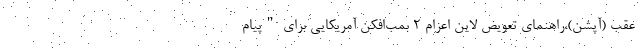
عقب (آپشن)،راهنمای تعویض لاین اعزام 2 بمب‌افکن آمریکایی برای "پیام